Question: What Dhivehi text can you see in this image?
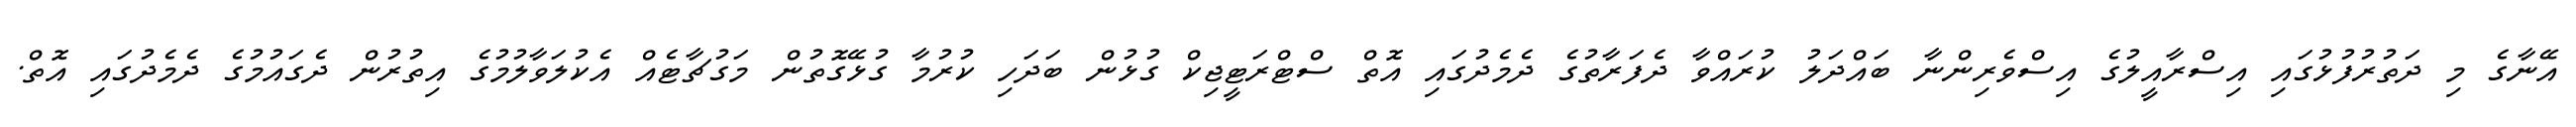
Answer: އޭނާގެ މި ދަތުރުފުޅުގައި އިސްރާއީލުގެ އިސްވެރިންނާ ބައްދަލު ކުރައްވާ ދެފަރާތުގެ ދެމެދުގައި އޮތް ސްޓްރަޓީޖިކް ގުޅުން ބަދަހި ކުރުމާ ގުޅޭގޮތުން މަގުޗާޓެއް އެކުލަވާލުމުގެ އިތުރުން ދެގައުމުގެ ދެމެދުގައި އޮތް.